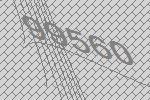
99560